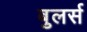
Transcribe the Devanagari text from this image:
बुलर्स